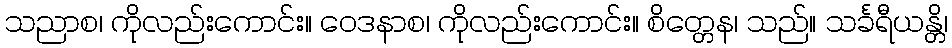
သညာစ၊ ကိုလည်းကောင်း။ ဝေဒနာစ၊ ကိုလည်းကောင်း။ စိတ္တေန၊ သည်။ သင်္ခရီယန္တိ၊